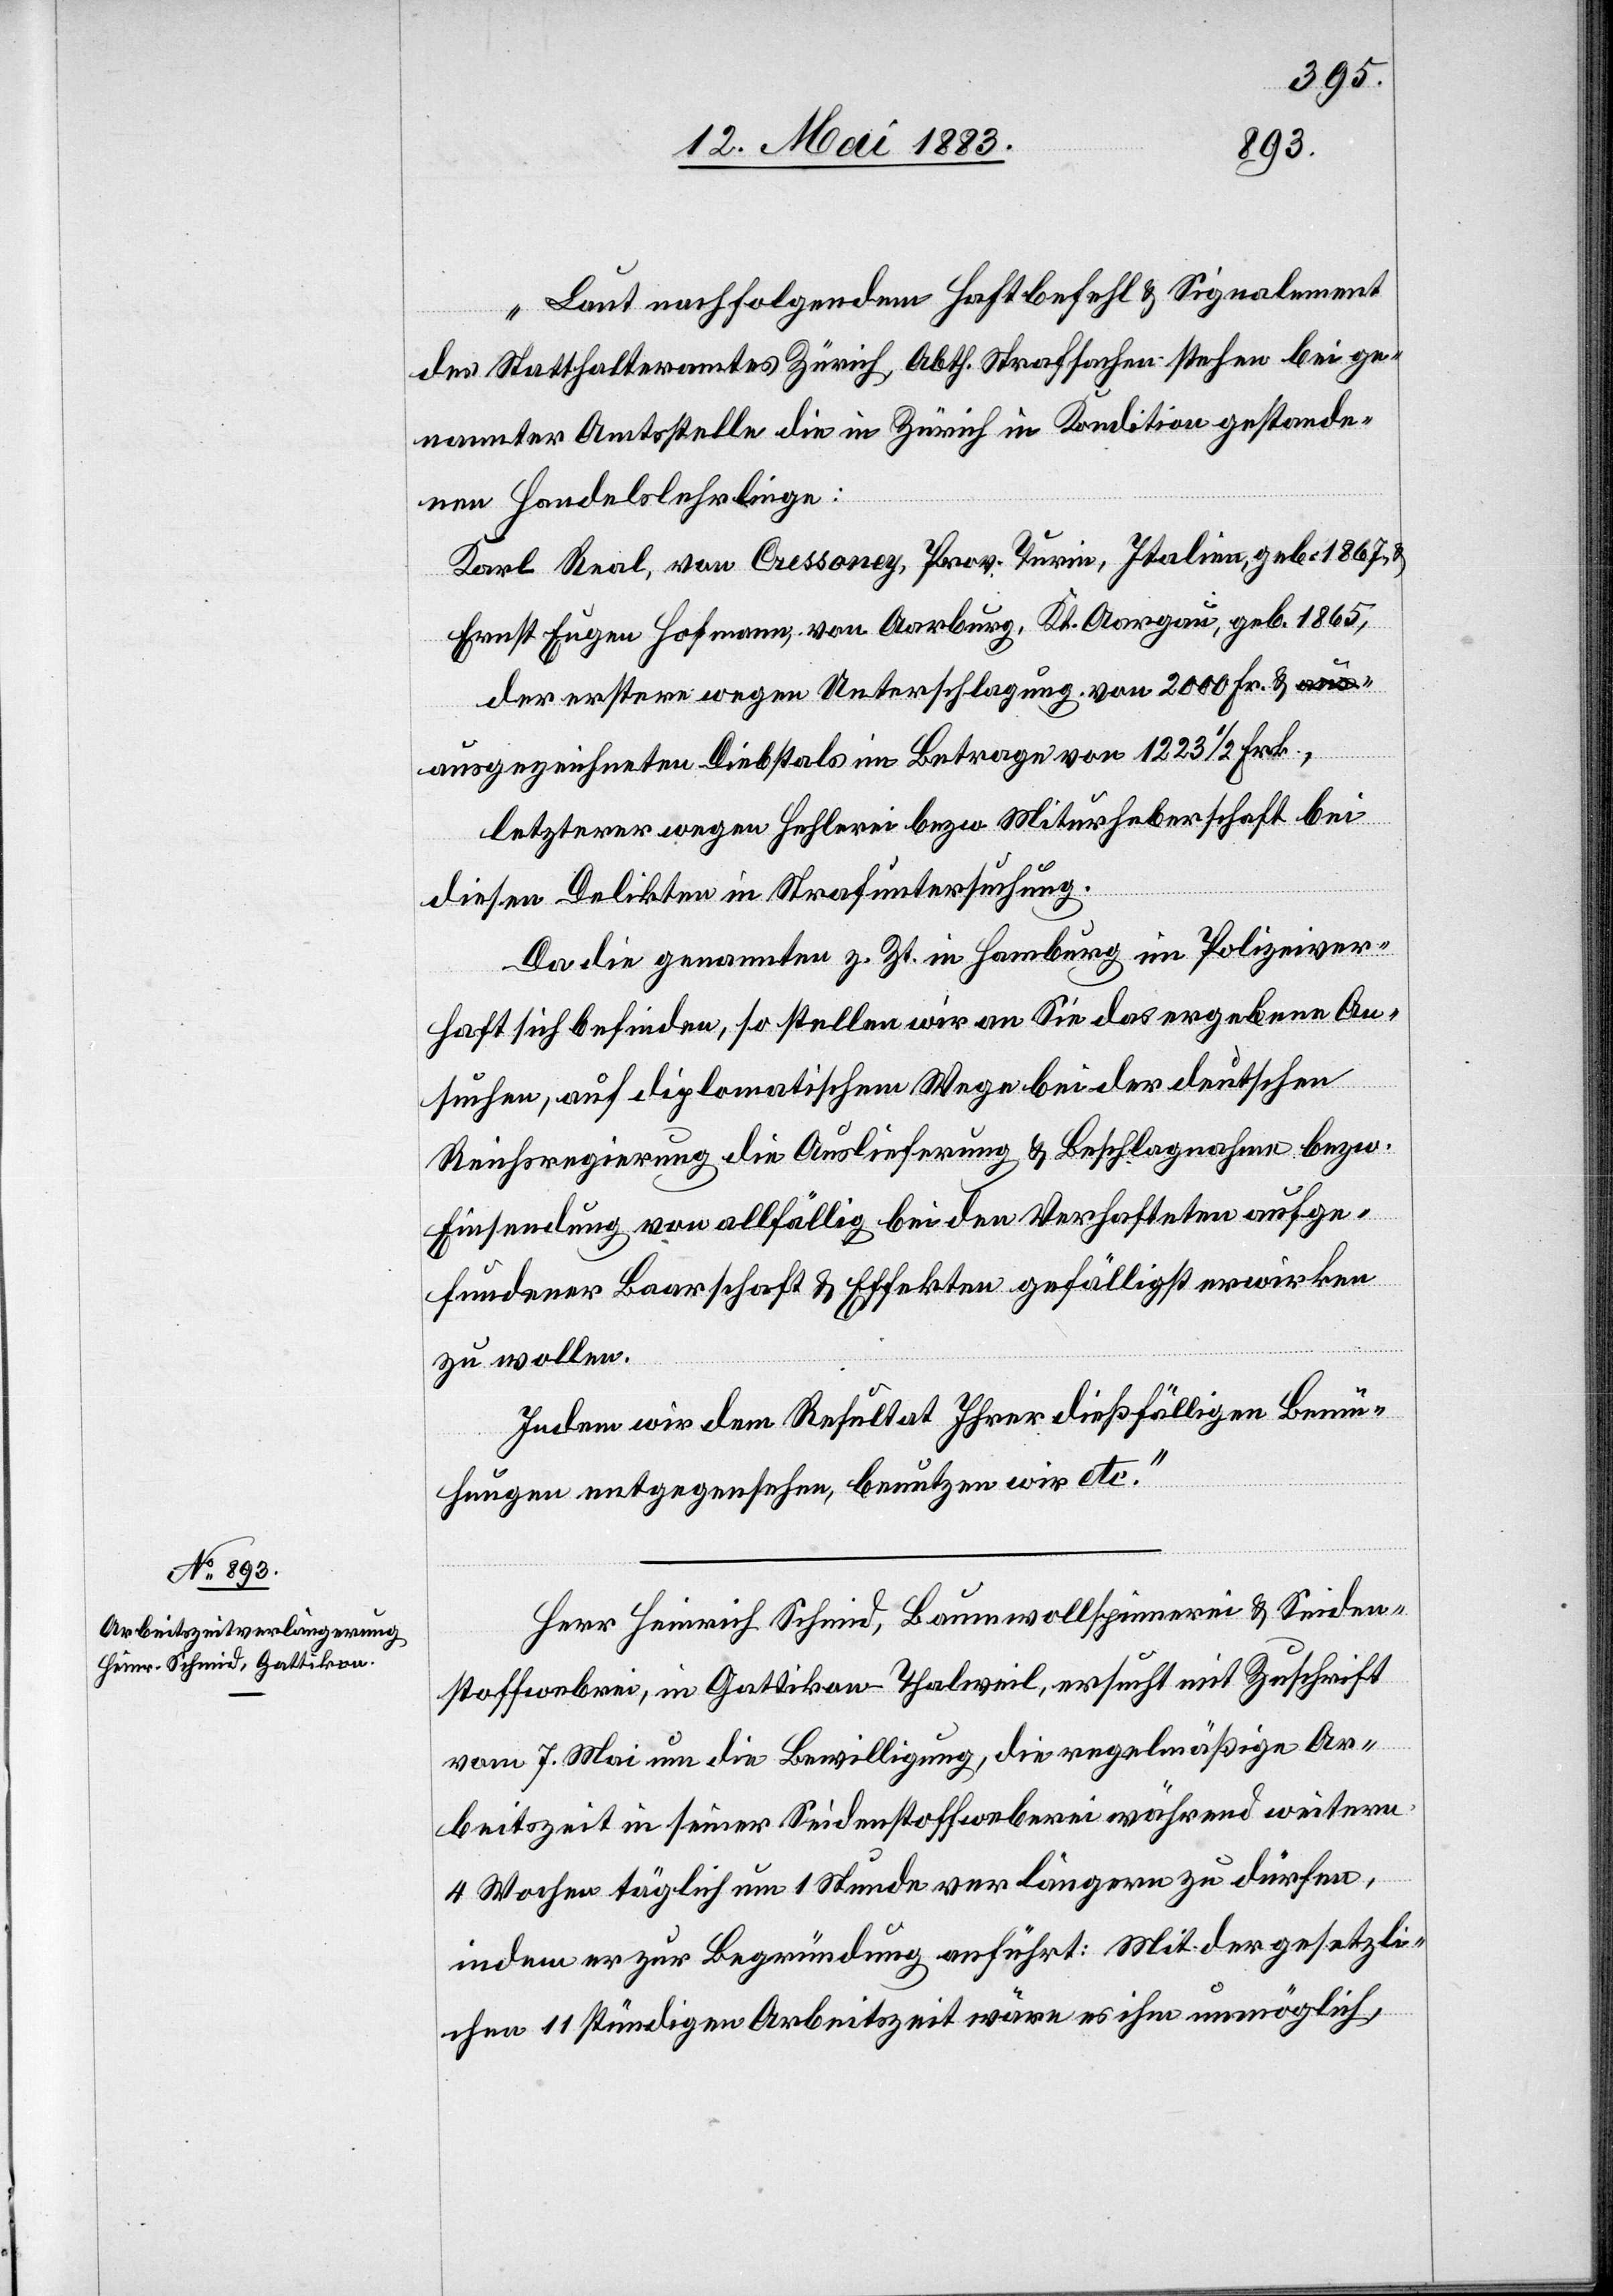
16. Mai 1883.]
„Laut nachfolgendem Haftbefehl & Signalement
des Statthalteramtes Zürich, Abth. Strafsachen stehen bei ge¬
nannter Amtsstelle die in Zürich in Kredition gestande¬
nen Handelslehrlinge:
Karl Real, von Cressoney [sic!], Prov. Turin, Italien, geb. 1867
Ernst Eugen Hofmann, von Aarburg, Kt. Aargau, geb. 1865,
der erstere wegen Unterschlagung von 2000 Fr. &
ausgezeichneten Diebstals im Betrage von 1223 1/2 Frk.,
letzterer wegen Hehlerei bezw. Miturheberschaft bei
diesen Delikten in Strafuntersuchung.
Da die genannten z. Zt. in Hamburg im Polizeiver¬
haft sich befinden, so stellen wir an Sie das ergebene An¬
suchen, auf diplomatischem Wege bei der deutschen
Reichsregierung die Auslieferung & Beschlagnahme bezw.
Einsendung von allfällig bei den Verhafteten aufge¬
fundener Baarschaft & Effekten gefälligst erwirken
zu wollen.
Indem wir dem Resultat Ihrer dießfälligen Bemü¬
hungen entgegensehen, benutzen wir etc.“
Herr Heinrich Schmid, Baumwollspinnerei & Seiden¬
stoffweberei, in Gattikon - Thalweil, ersucht mit Zuschrift
vom 7. Mai um die Bewilligung, die regelmäßige Ar¬
beitszeit in seiner Seidenstoffweberei während weitern
4 Wochen täglich um 1 Stunde verlängern zu dürfen,
indem er zur Begründung angeführt: Mit der gesetzli¬
chen 11 stündigen Arbeitszeit wäre es ihm unmöglich,